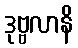
ဒုဗ္ဗလာနိ